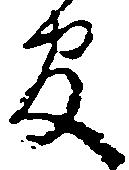
官